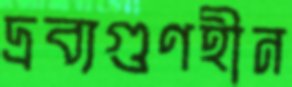
দ্রব্যগুণহীন